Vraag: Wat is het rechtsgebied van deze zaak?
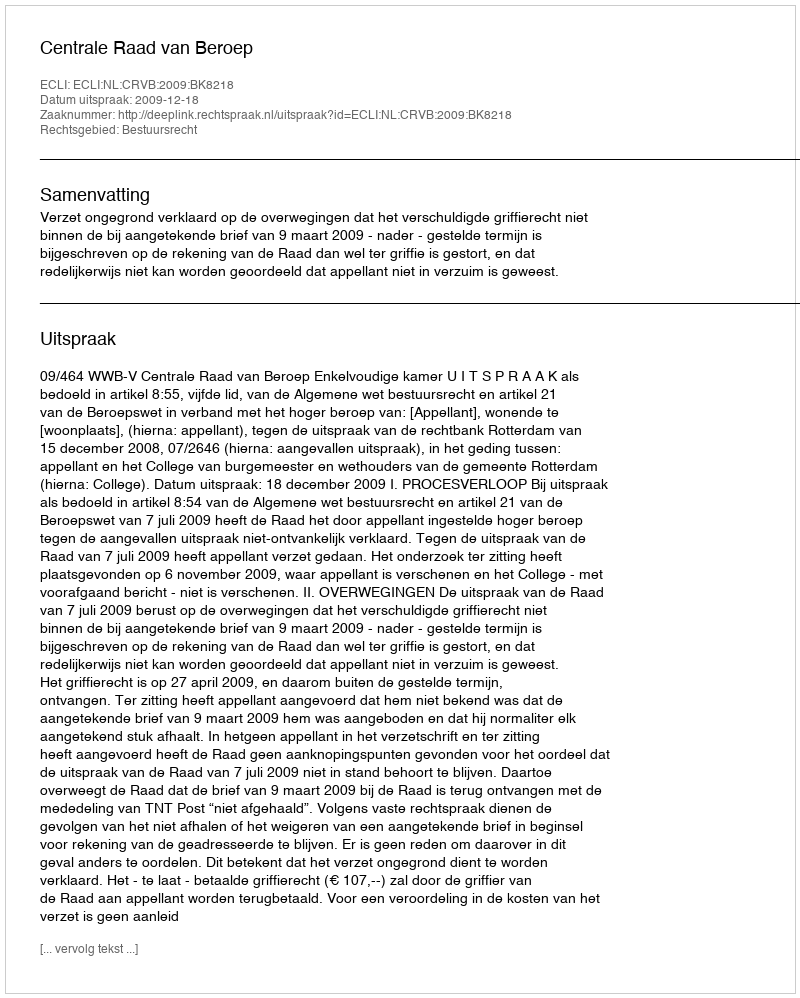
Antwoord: Bestuursrecht